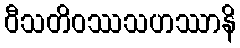
ဝီသတိဝဿသဟဿာနိ